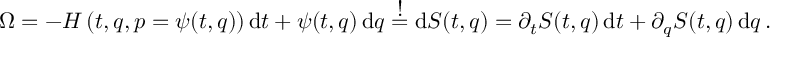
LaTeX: \Omega = - H \left( t , q , p = \psi ( t , q ) \right) { \mathrm { d } } t + \psi ( t , q ) \, \mathrm { d } q \stackrel { \textstyle ! } { = } \mathrm { d } S ( t , q ) = \partial _ { t } S ( t , q ) \, \mathrm { d } t + \partial _ { q } S ( t , q ) \, \mathrm { d } q \, .